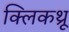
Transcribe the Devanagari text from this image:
क्लिकथ्रू